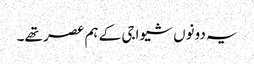
یہ دونوں شیواجی کے ہم عصر تھے۔